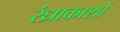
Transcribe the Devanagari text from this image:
रंध्राकाशों